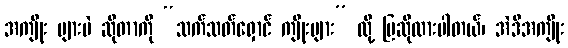
အကျိုး များပဲ ဆိုတာကို “သက်သတ်ရှောင် ကျိုးများ” လို့ ပြဆိုထားပါတယ်၊ အဲဒီအကျိုး